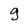
Character: g